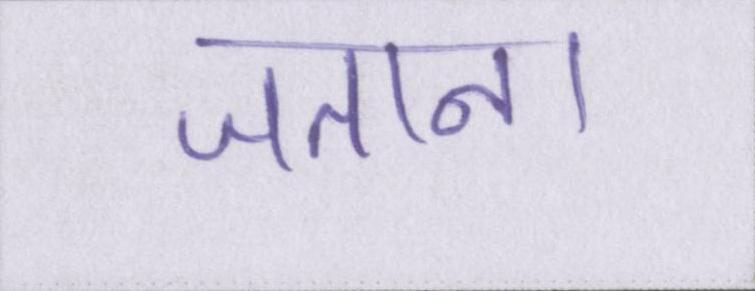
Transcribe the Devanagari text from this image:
जताना